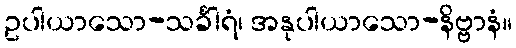
ဥပါယာသော-သင်္ခါရံ၊ အနုပါယာသော-နိဗ္ဗာနံ။